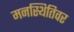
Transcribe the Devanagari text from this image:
मनस्थितिवर